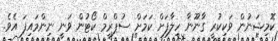
ކޮމިޝަނުން ވަކިކުރީ ގާނޫނާ ހިލާފަށް ކަމަށް ސުޕްރީމް ކޯޓުން ވަނީ ނިންމައިފަ އެވެ.